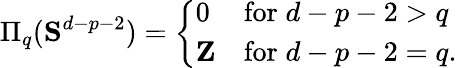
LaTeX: \Pi_{q}({\mathbf S}^{d-p-2})=\left\{ \begin{array}{lll}{{0}}&{{\mathrm{for}\; d-p-2>q}}\\ {{{\mathbf Z}}}&{{\mathrm{for}\; d-p-2=q.}}\end{array}\right.